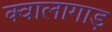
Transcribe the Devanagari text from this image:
क्वालागाड़